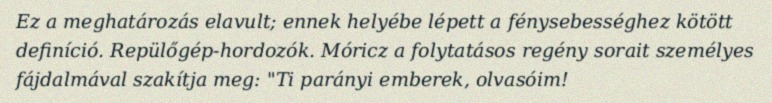
Ez a meghatározás elavult; ennek helyébe lépett a fénysebességhez kötött definíció. Repülőgép-hordozók. Móricz a folytatásos regény sorait személyes fájdalmával szakítja meg: "Ti parányi emberek, olvasóim!